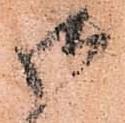
御